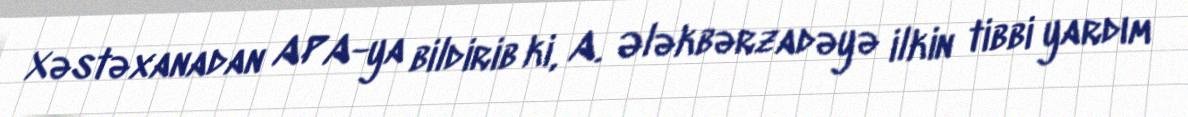
Xəstəxanadan APA-ya bildirib ki, A. Ələkbərzadəyə ilkin tibbi yardım